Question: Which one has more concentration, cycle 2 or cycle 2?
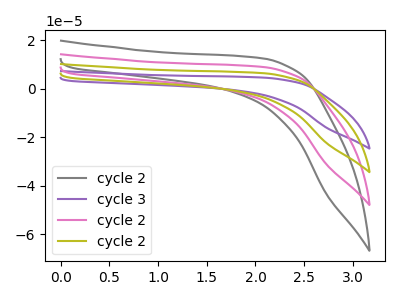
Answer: <think>The gray curve "cycle 2" has no peaks. The purple curve "cycle 3" has no peaks. The pink curve "cycle 2" has no peaks. The olive curve "cycle 2" has no peaks.
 Neither "cycle 2" or "cycle 2" have any peaks.</think>
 <answer>I cant tell if "cycle 2" or "cycle 2" has higher concentration.</answer>
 <eval>mixed_concentration</eval>